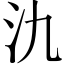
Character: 氿